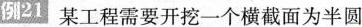
例21某工程需要开挖一个横截面为半圆